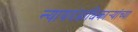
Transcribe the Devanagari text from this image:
न्यायदंडाधिकार्‍यांच्या